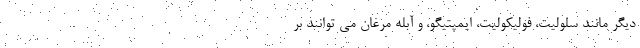
دیگر مانند سلولیت، فولیکولیت، ایمپتیگو، و آبله مرغان می توانند بر